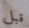
قبل